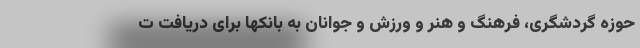
حوزه گردشگری، فرهنگ و هنر و ورزش و جوانان به بانکها برای دریافت ت